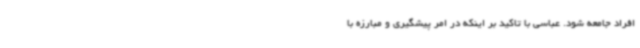
افراد جامعه شود. عباسی با تاکید بر اینکه در امر پیشگیری و مبارزه با